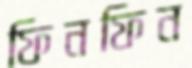
ফিনফিন